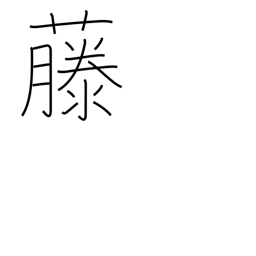
Meaning: wisteria